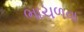
ભાચળવા